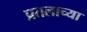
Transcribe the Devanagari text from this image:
प्रतलाच्या